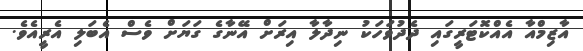
އާޒިމްއާ އެއްކޮޓަރީގައި ދެދުވަހަކު ނިދާލާ އިރަށް އޭނާގެ ގަޔަށް ވެސް އެބަލި އެރީއެވެ.